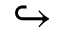
\hookrightarrow